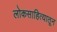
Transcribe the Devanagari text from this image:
लोकसाहित्यातून